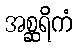
အစ္ဆရိကံ